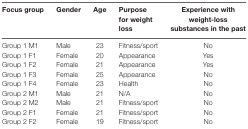
| Focus group | Gender | Age | Purpose for weight loss | Experience with weight-loss substances in the past |
 | --- | --- | --- | --- | --- |
 | Group 1 M1 | Male | 23 | Fitness/sport | No |
 | Group 1 F1 | Female | 20 | Appearance | Yes |
 | Group 1 F2 | Female | 21 | Appearance | Yes |
 | Group 1 F3 | Female | 25 | Appearance | No |
 | Group 1 F4 | Female | 23 | Health | No |
 | Group 2 M1 | Male | 21 | N/A | No |
 | Group 2 M2 | Male | 21 | Fitness/sport | No |
 | Group 2 F1 | Female | 21 | Fitness/sport | No |
 | Group 2 F2 | Female | 19 | Fitness/sport | No |